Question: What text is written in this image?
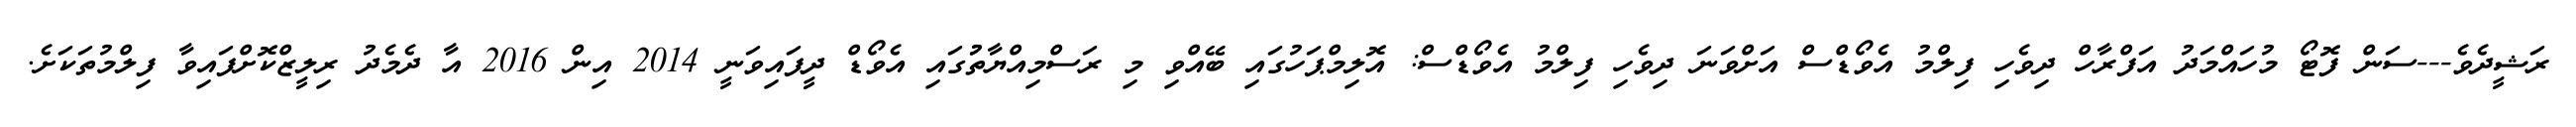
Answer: ރަޝީދެވެ---ސަން ފޮޓޯ މުހައްމަދު އަފްރާހް ދިވެހި ފިލްމު އެވޯޑްސް އަށްވަނަ ދިވެހި ފިލްމު އެވޯޑްސް: އޮލިމްޕަހުގައި ބޭއްވި މި ރަސްމިއްޔާތުުގައި އެވޯޑް ދީފައިވަނީ 2014 އިން 2016 އާ ދެމެދު ރިލީޒްކޮށްފައިވާ ފިލްމުތަކަށެ.